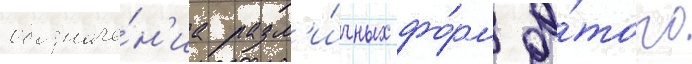
обозначе́н'иа разл'и́чных фо́рм э́того